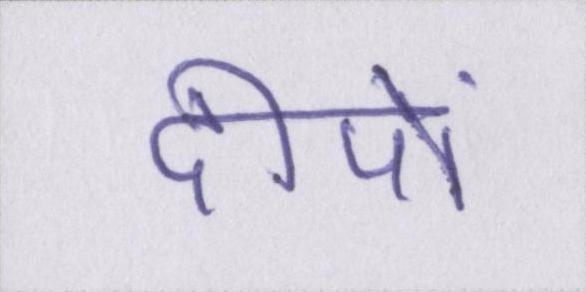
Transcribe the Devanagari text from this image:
दीपों